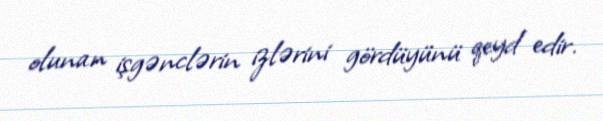
olunan işgənclərin izlərini gördüyünü qeyd edir.